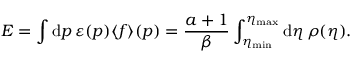
E = \int \mathrm { d } \boldsymbol { p } \, \varepsilon ( \boldsymbol { p } ) \langle f \rangle ( \boldsymbol { p } ) = \frac { a + 1 } { \beta } \int _ { \eta _ { \mathrm { m i n } } } ^ { \eta _ { \mathrm { m a x } } } \mathrm { d } \eta \, \rho ( \eta ) .